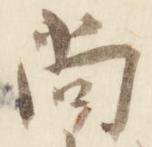
尚